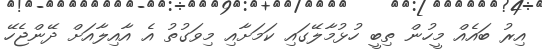
އިރު ބައެއް މީހުން ތިބީ ހުޅުމާލޭގައި ކަމަށާއި މިވަގުތު އެ އާއިލާއަށް ދޭންޖެހޭ